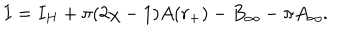
LaTeX: I = I _ { H } + \pi ( 2 \chi - 1 ) A ( r _ { + } ) - B _ { \infty } - \pi A _ { \infty } .